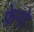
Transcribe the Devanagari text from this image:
फ़ेनो